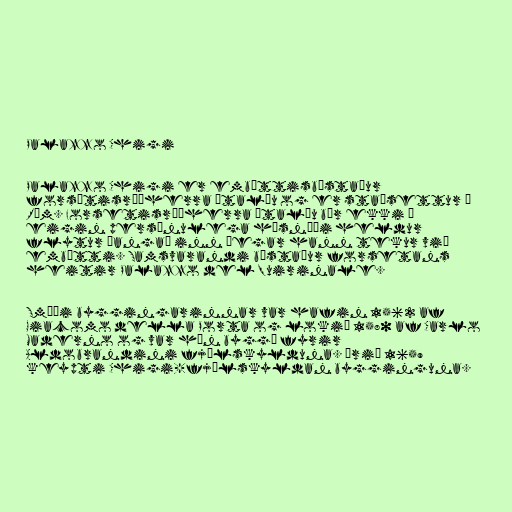
Palazzo Chigi

Palazzo Chigi er embættisbústaður
forsætisráðherra Ítalíu og er staðsettur í
Róm. Forsetisráðherra Ítalíu býr ekki í
eigin persónulega húsnæði heldur
flytur þangað inn þegar hann tekur við
embætti. Samsvarandi bústaður forsetans
heitir Palazzo del Quirinale.

Smíði byggingarinnar var hafin 1562 af
Giacomo della Porta og lokið 1580 af Carlo
Maderno og var hún byggð fyrir
Aldobrandini fjölskylduna. Árið 1659
keypti Chigi-fjölskyldan bygginguna.